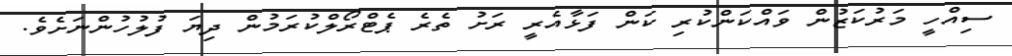
ސިއްހީ މަރުކަޒުން ވައްކަންކުރި ކަން ފަޅާއެރީ ރަށު ތެރެ ޕެޓްރޯލްކުރަމުން ދިޔަ ފުލުހުންނަށެވެ.